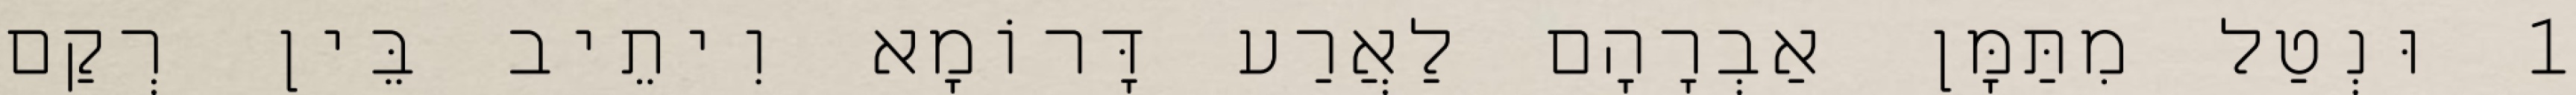
1 וּנְטַל מִתַּמָּן אַבְרָהָם לַאֲרַע דָּרוֹמָא וִיתֵיב בֵּין רְקַם